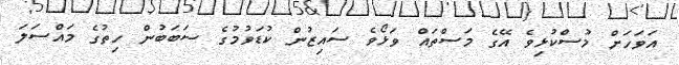
އަވަހަށް މުސްކުޅިވެ އޭގެ މަސްތައް ވަޅޯވެ ސައިޒުން ކުޑަވުމުގެ ސަބަބުން ހިތުގެ މައްސަލަ